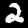
Digit: 2